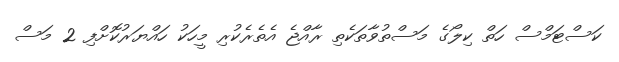
ކަސްޓަމްސް ހަތް ކިލޯގެ މަސްތުވާތަކެތި ރާއްޖެ އެތެރެކުރި މީހަކު ހައްޔަރުކޮށްފި 2 މަސް